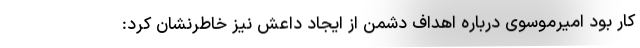
کار بود امیرموسوی درباره اهداف دشمن از ایجاد داعش نیز خاطرنشان کرد: